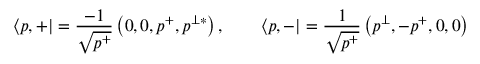
\left\langle { p , + } \right| = { \frac { - 1 } { \sqrt { p ^ { + } } } } \left( 0 , 0 , p ^ { + } , p ^ { \perp * } \right) , \qquad \left\langle { p , - } \right| = { \frac { 1 } { \sqrt { p ^ { + } } } } \left( p ^ { \perp } , - p ^ { + } , 0 , 0 \right)